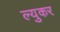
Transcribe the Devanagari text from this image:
ल्युकर